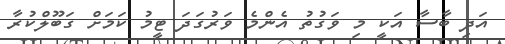
އަދި ބާސާ އަކީ މި ވަގުތު އެންމެ ވަރުގަދަ ޓީމު ކަމަށް ގަބޫލްކުރާ